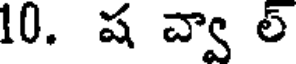
10. ష చ్వా ల్